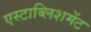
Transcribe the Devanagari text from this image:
एस्टाब्लिशमेंट